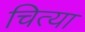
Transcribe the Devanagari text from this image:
चित्या